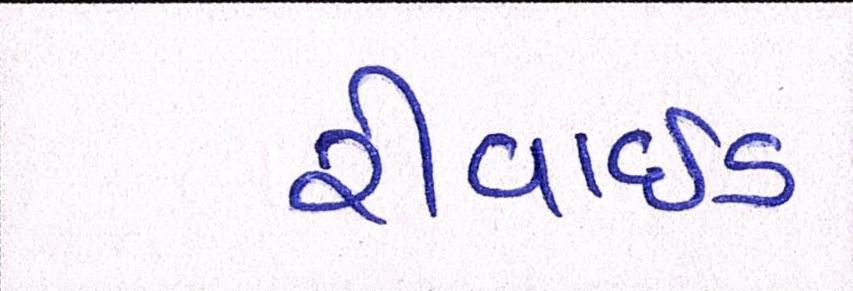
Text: રીવાઇડ